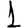
Digit: 1